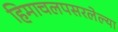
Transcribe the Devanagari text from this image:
हिमाचलपसरलेल्या